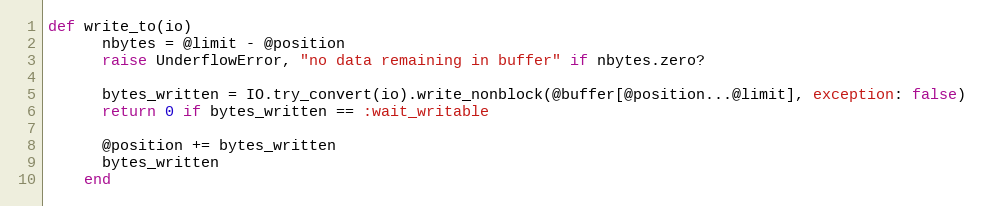
Language: Ruby
def write_to(io)
      nbytes = @limit - @position
      raise UnderflowError, "no data remaining in buffer" if nbytes.zero?

      bytes_written = IO.try_convert(io).write_nonblock(@buffer[@position...@limit], exception: false)
      return 0 if bytes_written == :wait_writable

      @position += bytes_written
      bytes_written
    end